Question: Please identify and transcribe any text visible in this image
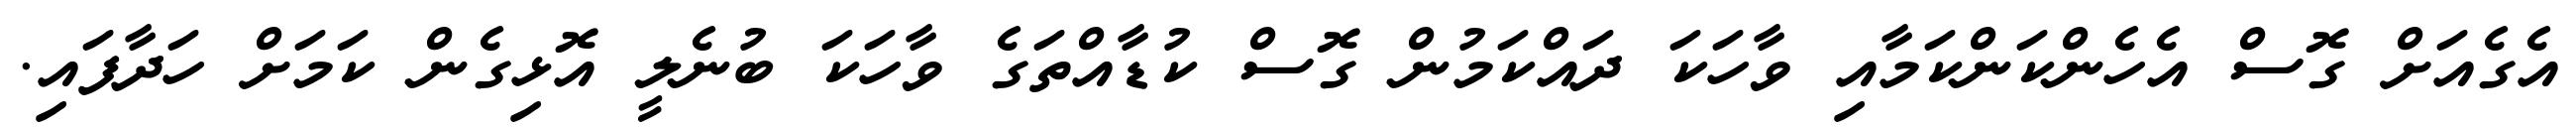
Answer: އެގެއަށް ގޮސް އެހެންކަންކަމާއި ވާހަކަ ދައްކަމުން ގޮސް ކުޑާއްތަގެ ވާހަކަ ބުނެލީ އޮޅިގެން ކަމަށް ހަދާފައި.